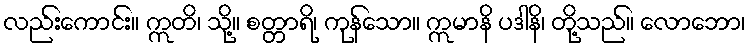
လည်းကောင်း။ ဣတိ၊ သို့။ စတ္တာရိ၊ ကုန်သော။ ဣမာနိ ပဒါနိ၊ တို့သည်။ လောဘော၊